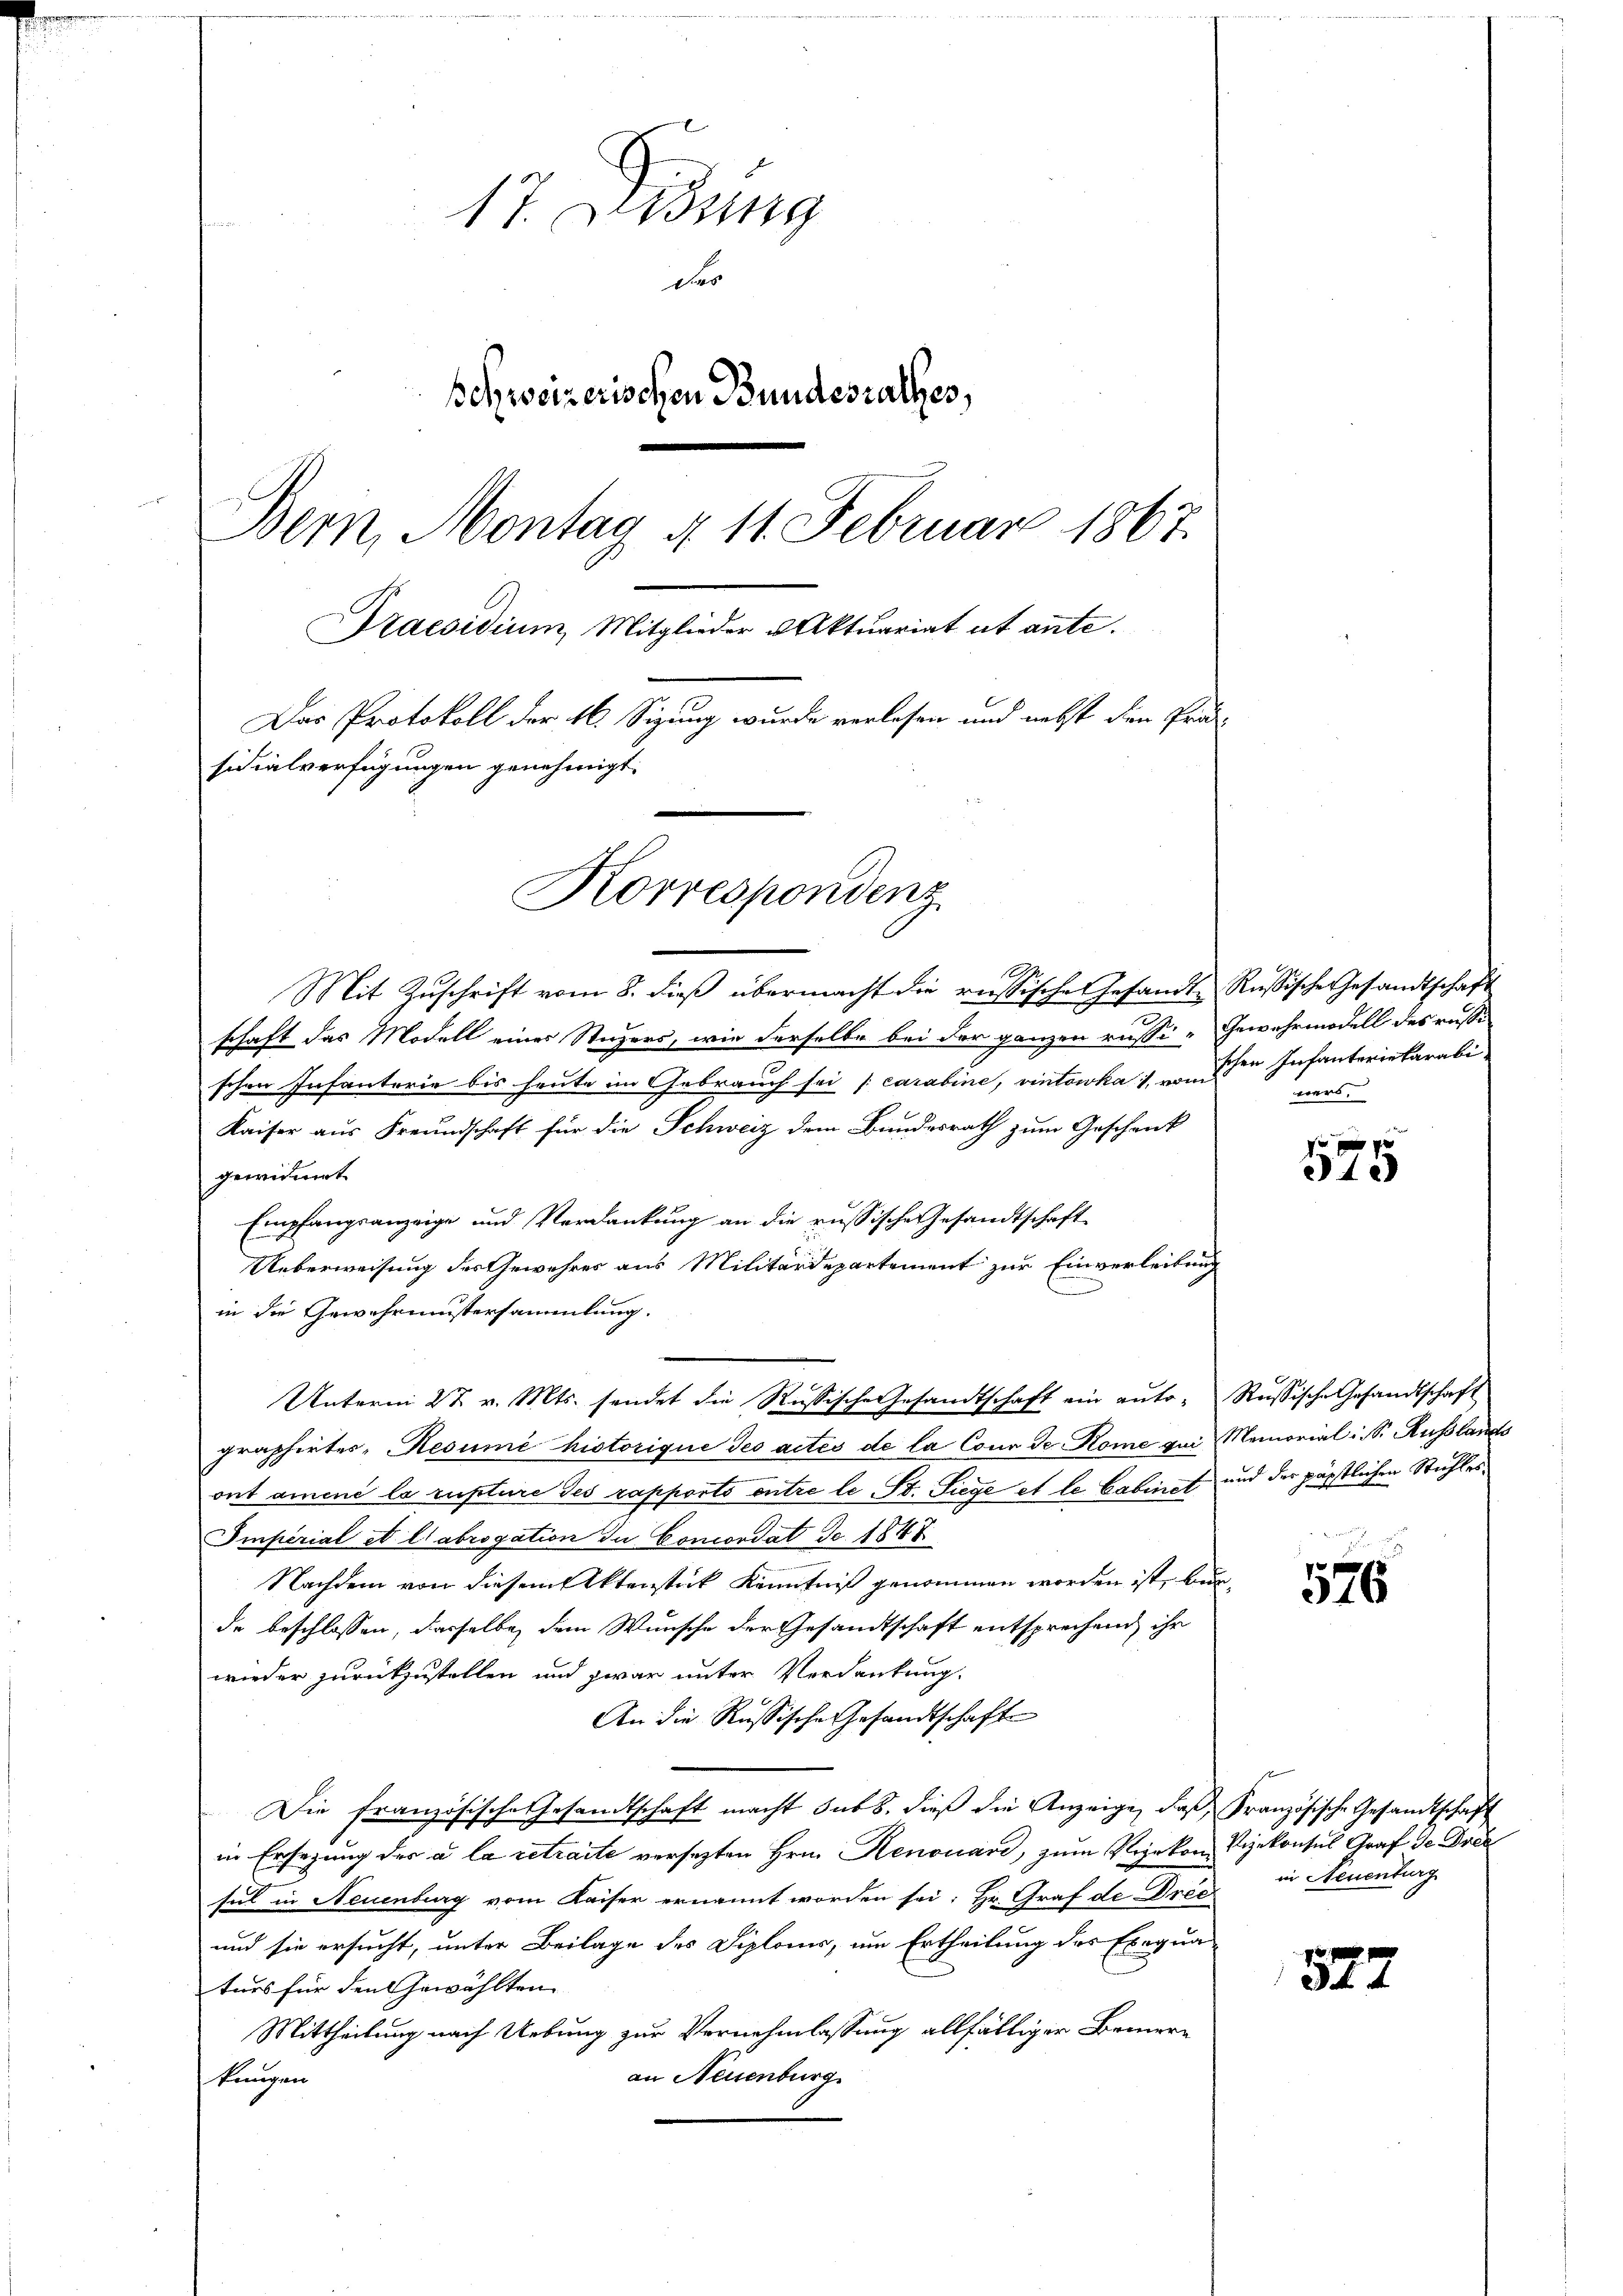
17. Diezing
D
Behweizerischen Bundesrathes,
Bern, Montag § 11. Februar 1867.
Praesidium, Mitglieder Aktuariat et ante.
Das Protokoll der 16. Sigung wurde verlesen und nebst den Pro-
sidialverfügungen genehmigt.
Korrespondenz

.
Mit Zuschrift vom 8. dieß übermacht die russische Gesandte Russische Gesandtschaft

2
schaft das Modell eines Stegers, wie derselbe bei der ganzen russi-Gewehrmodell des russi
schen Infanterie bis heute im Gebrauch sei [carabine, vintowka 1 schen Infanteriekarabi
Kaiser aus Freundschaft für die Schweiz dem Bundesrath zum Geschenk
gewidmet
Empfangsanzeige und Verdankung an die russische Gesandtschaft
Ueberweisung der Gewehres aus Militärdepartement zur Einverleibung
in die Gewahrnistersammlung.
Unterm 2t v. Mts. sendet die Russische Gesandtschaft ein auto- Russische Gesandtschaft
graphirtes Resume historique des actes de la Cona de Kome gei Memoriali S. Russlands
ont aminé la rupture des rapporto entre le St. Siege et le Cabinet und der päpstlichen Stuhles¬
Imperial et l'abrogation du Concordat de 1847.
Nachdem von diesem Aktenstück Kenntniß genommen worden ist, burde beschlossen, dasselbe dem Wunsche der Gesandtschaft entsprechend ihr
wieder zurückzustellen und zwar unter Verdankung.
An die Russische Gesandtschaft
Die französische Gesandtschaft macht sub b. dieß die Anzeige, daß Französische Gesandtschaft
in Ersetzung der a la retraite versezten Hrn. Henouard, zum Vizekon Vizekonsul Graf de Drec
sul in Neuenburg vom Kaiser ernannt worden sei; Hr. Graf de Drec
und sie ersucht, unter Beilage des Diploms, um Ertheilung des Exequa
turs für den Gewählten
Mittheilung nach Uebung zur Vernehmlassung allfälliger Bemeran Neuenburg
kangen

ners,

f 0 x
342

526

in Neuenburg

527